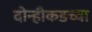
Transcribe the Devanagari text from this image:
दोन्हीकडच्या